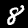
Label: 8